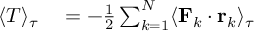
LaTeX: \begin{array} { r l } { \langle T \rangle _ { \tau } } & { { } = - { \frac { 1 } { 2 } } \sum _ { k = 1 } ^ { N } \langle \mathbf { F } _ { k } \cdot \mathbf { r } _ { k } \rangle _ { \tau } } \end{array}